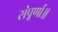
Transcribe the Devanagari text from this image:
संपूर्णा॥